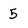
Character: 5